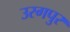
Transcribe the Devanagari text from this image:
उरगपुर